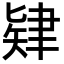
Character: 肄